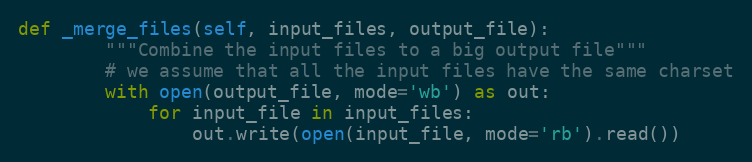
Language: Python
def _merge_files(self, input_files, output_file):
        """Combine the input files to a big output file"""
        # we assume that all the input files have the same charset
        with open(output_file, mode='wb') as out:
            for input_file in input_files:
                out.write(open(input_file, mode='rb').read())